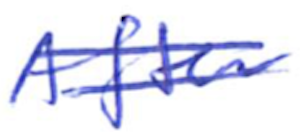
Text: After
Cross-out: mix
Writing tool: ballpoint